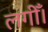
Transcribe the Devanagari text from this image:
लगीँ।